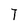
Character: 7